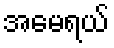
အမေရယ်